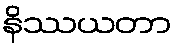
နိဿယတာ